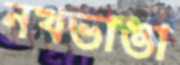
নখভাঙা